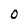
Character: 0